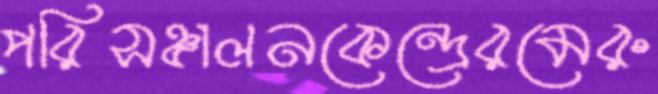
পরিসঞ্চালনকেন্দ্রেরমেরু